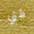
ظني